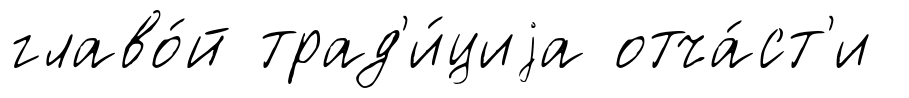
главо́й трад'и́циjа отча́ст'и